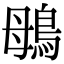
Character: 䳇